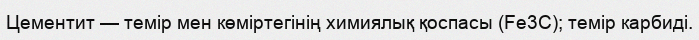
Цементит — темір мен көміртегінің химиялық қоспасы (Fe3C); темір карбиді.